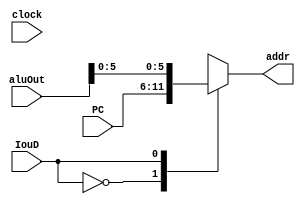
module mux_PC (clock, PC, aluOut, addr, IouD);
	input clock;
	input [5:0] PC;
	input [15:0] aluOut;
	input IouD;
	
	output [5:0] addr;
	
	reg [5:0] C;
	
	
	always@(clock or aluOut or IouD or PC)begin
	  case(IouD)
	    1'b0: C = PC;
	    1'b1: C = aluOut[5:0];
	  endcase 
	end
	
	assign addr = C;
	
endmodule